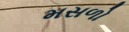
મસળો